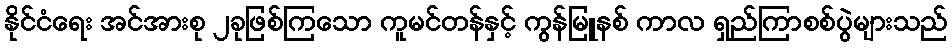
နိုင်ငံရေး အင်အားစု ၂ခုဖြစ်ကြသော ကူမင်တန်နှင့် ကွန်မြူနစ် ကာလ ရှည်ကြာစစ်ပွဲများသည်